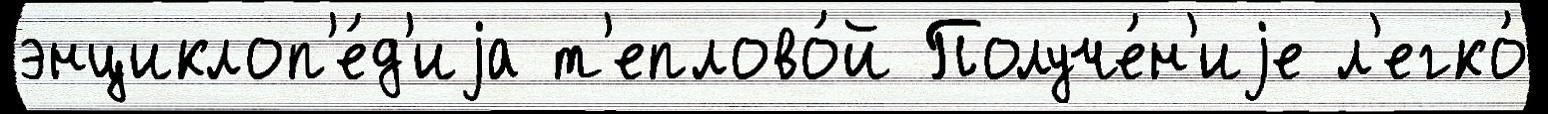
энциклоп'е́д'иjа т'еплово́й Получе́н'иjе л'егко́